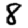
Digit: 8